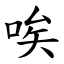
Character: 唉